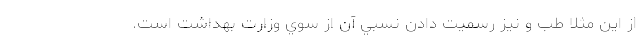
از اين مثلا طب و نيز رسميت دادن نسبي آن از سوي وزارت بهداشت است.